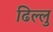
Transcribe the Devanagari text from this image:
ढिल्लु